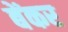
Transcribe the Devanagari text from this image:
बेंकर